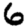
Digit: 6